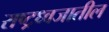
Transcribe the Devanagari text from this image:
राष्ट्रध्वजातील